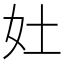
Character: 𡚳